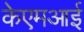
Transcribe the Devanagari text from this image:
केएमआई